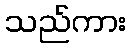
သည်ကား